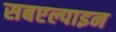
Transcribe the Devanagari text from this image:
सबएल्पाइन